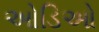
ઓડિઓ